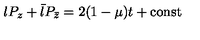
l P _ { z } + \bar { l } P _ { \bar { z } } = 2 ( 1 - \mu ) t + \mathrm { c o n s t }